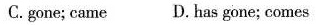
C.gone; came D. has gone; comes